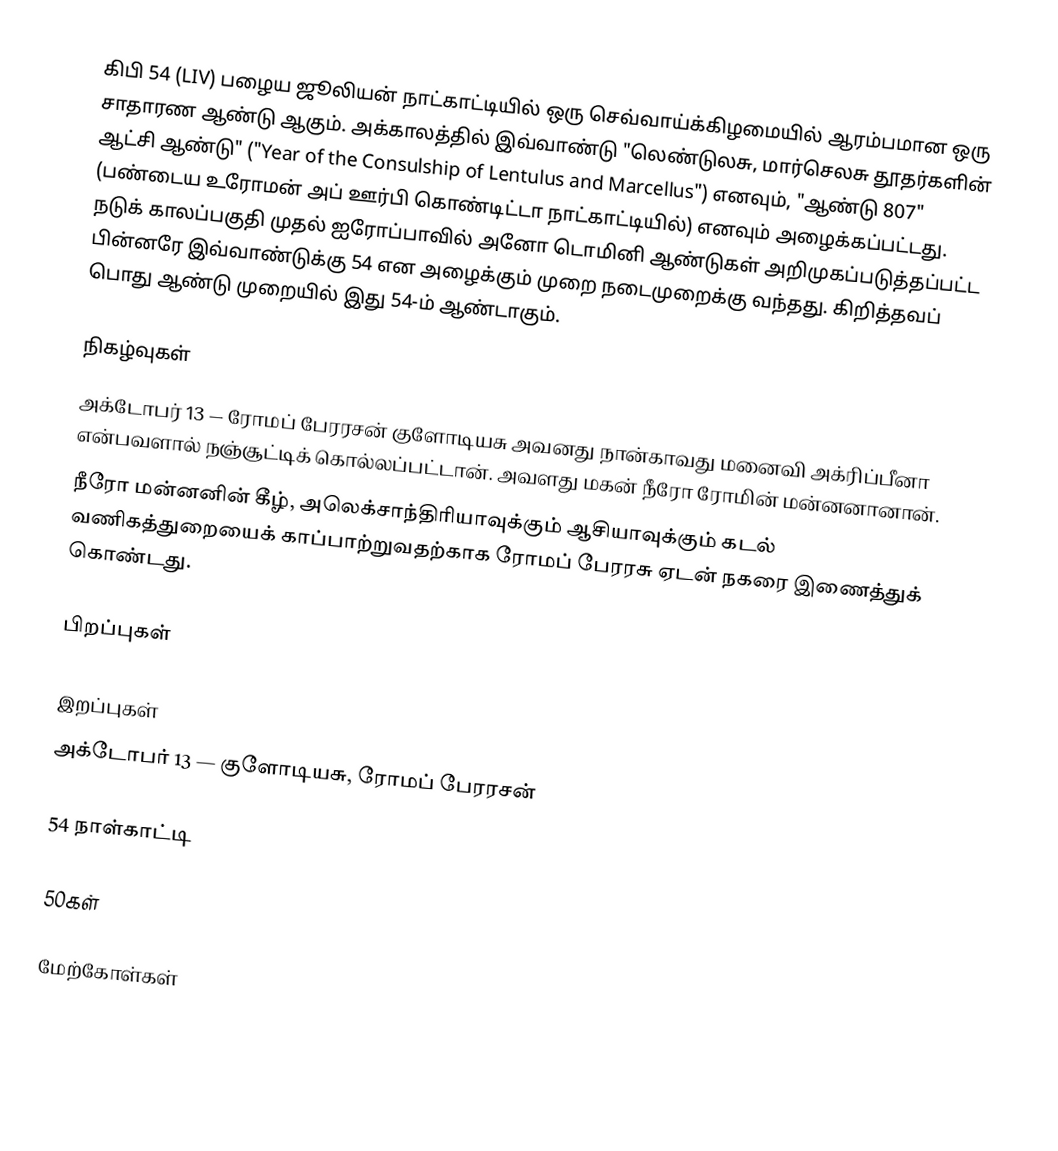
கிபி 54 (LIV) பழைய ஜூலியன் நாட்காட்டியில் ஒரு செவ்வாய்க்கிழமையில் ஆரம்பமான ஒரு சாதாரண ஆண்டு ஆகும். அக்காலத்தில் இவ்வாண்டு "லெண்டுலசு, மார்செலசு தூதர்களின் ஆட்சி ஆண்டு" ("Year of the Consulship of Lentulus and Marcellus") எனவும், "ஆண்டு 807" (பண்டைய உரோமன் அப் ஊர்பி கொண்டிட்டா நாட்காட்டியில்) எனவும் அழைக்கப்பட்டது. நடுக் காலப்பகுதி முதல் ஐரோப்பாவில் அனோ டொமினி ஆண்டுகள் அறிமுகப்படுத்தப்பட்ட பின்னரே இவ்வாண்டுக்கு 54 என அழைக்கும் முறை நடைமுறைக்கு வந்தது. கிறித்தவப் பொது ஆண்டு முறையில் இது 54-ம் ஆண்டாகும்.

நிகழ்வுகள்
 அக்டோபர் 13 — ரோமப் பேரரசன் குளோடியசு அவனது நான்காவது மனைவி அக்ரிப்பீனா என்பவளால் நஞ்சூட்டிக் கொல்லப்பட்டான். அவளது மகன் நீரோ ரோமின் மன்னனானான்.
 நீரோ மன்னனின் கீழ், அலெக்சாந்திரியாவுக்கும் ஆசியாவுக்கும் கடல் வணிகத்துறையைக் காப்பாற்றுவதற்காக ரோமப் பேரரசு ஏடன் நகரை இணைத்துக் கொண்டது.

பிறப்புகள்

இறப்புகள்
 அக்டோபர் 13 — குளோடியசு, ரோமப் பேரரசன்

54 நாள்காட்டி

50கள்

மேற்கோள்கள்

als:50er#54